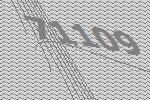
71109